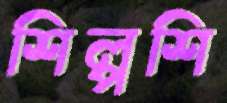
শিল্পশি